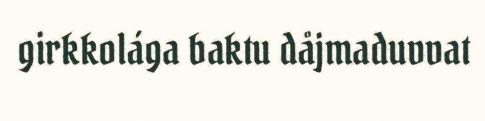
girkkolága baktu dåjmaduvvat